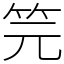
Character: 笎